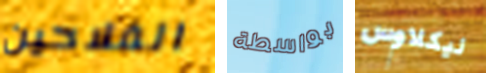
الفلاحين بواسطة نيكلاوس